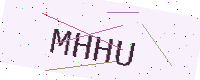
Text: MHHU